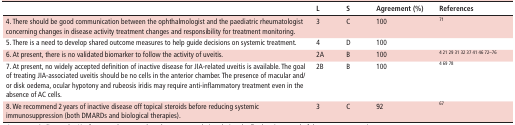
<table><thead><tr><td></td><td><b>L</b></td><td><b>S</b></td><td><b>Agreement (%)</b></td><td><b>References</b></td></tr></thead><tbody><tr><td>4. There should be good communication between the ophthalmologist and the paediatric rheumatologist concerning changes in disease activity treatment changes and responsibility for treatment monitoring.</td><td>3</td><td>C</td><td>100</td><td>71</td></tr><tr><td>5. There is a need to develop shared outcome measures to help guide decisions on systemic treatment.</td><td>4</td><td>D</td><td>100</td><td></td></tr><tr><td>6. At present, there is no validated biomarker to follow the activity of uveitis.</td><td>2A</td><td>B</td><td>100</td><td>4 21 29 31 32 37 41 46 72–76</td></tr><tr><td>7. At present, no widely accepted definition of inactive disease for JIA-related uveitis is available. The goal of treating JIA-associated uveitis should be no cells in the anterior chamber. The presence of macular and/or disk oedema, ocular hypotony and rubeosis iridis may require anti-inflammatory treatment even in the absence of AC cells.</td><td>2B</td><td>B</td><td>100</td><td>4 69 78</td></tr><tr><td>8. We recommend 2 years of inactive disease off topical steroids before reducing systemic immunosuppression (both DMARDs and biological therapies).</td><td>3</td><td>C</td><td>92</td><td>67</td></tr></tbody></table>